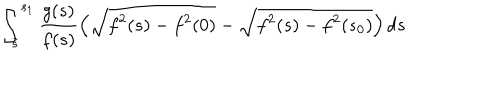
LaTeX: \int _ { \tilde { s } } ^ { s _ { 1 } } \frac { g ( s ) } { f ( s ) } \left( \sqrt { f ^ { 2 } ( s ) - f ^ { 2 } ( 0 ) } - \sqrt { f ^ { 2 } ( s ) - f ^ { 2 } ( s _ { 0 } ) } \right) d s